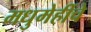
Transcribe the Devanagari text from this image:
मधुमेहींचे